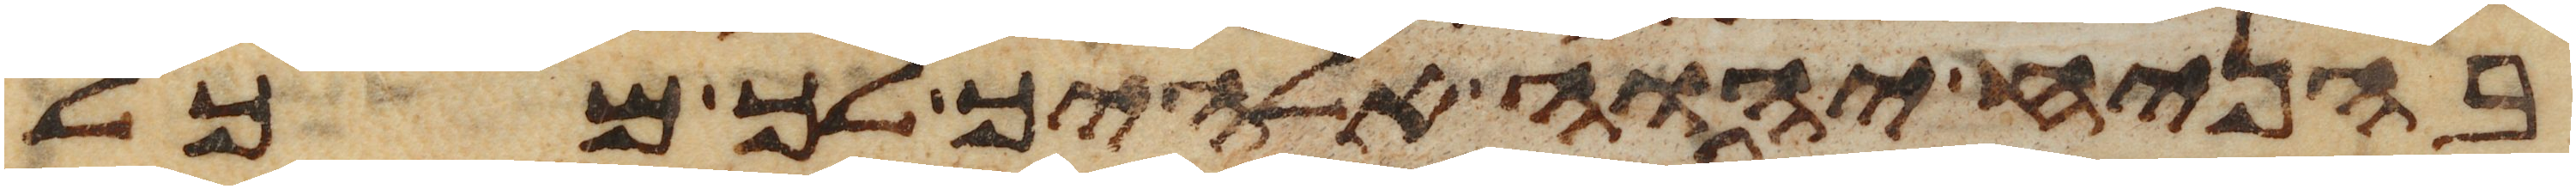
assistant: בהניח יהוה אלהיך לך מכל